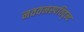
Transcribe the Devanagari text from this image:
नववनस्पतिवृन्द